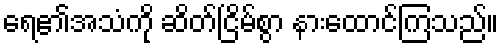
ရေ၏အသံကို ဆိတ်ငြိမ်စွာ နားထောင်ကြသည်။